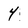
Character: 4